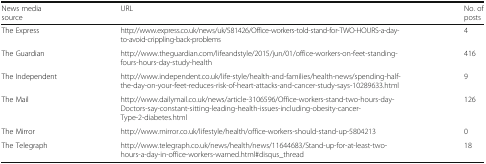
| News media source | URL | No. of posts |
 | --- | --- | --- |
 | The Express | http://www.express.co.uk/news/uk/581426/Office-workers-told-stand-for-TWO-HOURS-a-day-to-avoid-crippling-back-problems | 4 |
 | The Guardian | http://www.theguardian.com/lifeandstyle/2015/jun/01/office-workers-on-feet-standing-fours-hours-day-study-health | 416 |
 | The Independent | http://www.independent.co.uk/life-style/health-and-families/health-news/spending-half-the-day-on-your-feet-reduces-risk-of-heart-attacks-and-cancer-study-says-10289633.html | 9 |
 | The Mail | http://www.dailymail.co.uk/news/article-3106596/Office-workers-stand-two-hours-day-Doctors-say-constant-sitting-leading-health-issues-including-obesity-cancer-Type-2-diabetes.html | 126 |
 | The Mirror | http://www.mirror.co.uk/lifestyle/health/office-workers-should-stand-up-5804213 | 0 |
 | The Telegraph | http://www.telegraph.co.uk/news/health/news/11644683/Stand-up-for-at-least-two-hours-a-day-in-office-workers-warned.html#disqus_thread | 18 |